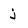
Character: j